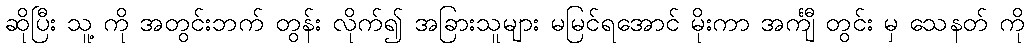
ဆိုပြီး သူ့ ကို အတွင်းဘက် တွန်း လိုက်၍ အခြားသူများ မမြင်ရအောင် မိုးကာ အင်္ကျီ တွင်း မှ သေနတ် ကို